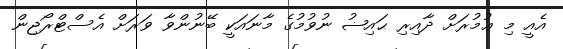
އެއީ މި ޢުމުރަށް ދާއިރި ޙައިޟު ނުވުމުގެ މާނައަކީ ބޭނުންވާ ވަރަށް އެސްޓްރޯޖިން